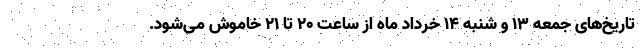
تاریخ‌های جمعه ۱۳ و شنبه ۱۴ خرداد ماه از ساعت ۲۰ تا ۲۱ خاموش می‌شود.